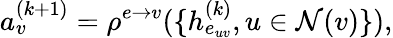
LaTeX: a_{v}^{(k+1)}=\rho^{e\rightarrow v}(\{ h_{e_{uv}}^{(k)},u\in\mathcal{N}(v)\} ),